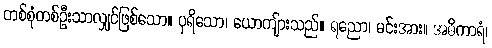
တစ်စုံတစ်ဦးသာလျှင်ဖြစ်သော။ ပုရိသော၊ ယောကျ်ားသည်။ ရညော၊ မင်းအား။ အဓိကာရံ၊